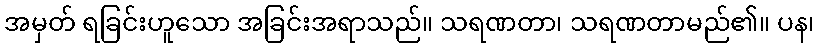
အမှတ် ရခြင်းဟူသော အခြင်းအရာသည်။ သရဏတာ၊ သရဏတာမည်၏။ ပန၊